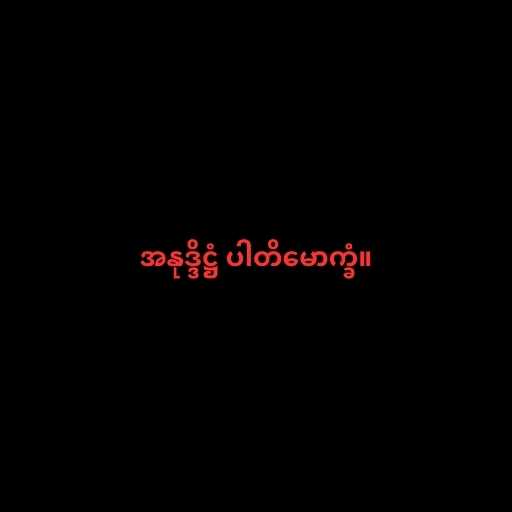
အနုဒ္ဒိဋ္ဌံ ပါတိမောက္ခံ။